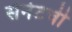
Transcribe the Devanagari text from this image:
सेनेटची